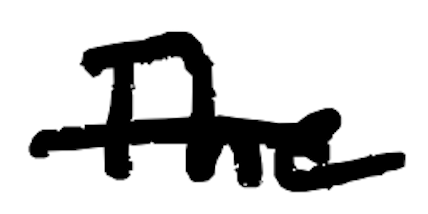
Text: The
Cross-out: single-line
Writing tool: digital_black